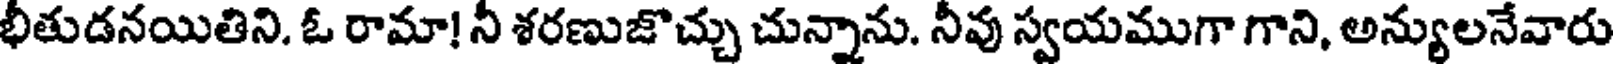
భీతుడనయితిని. ఓ రామా! నీ శరణుజొచ్చు చున్నాను. నీవు స్వయముగా గాని, అన్యులనేవారు